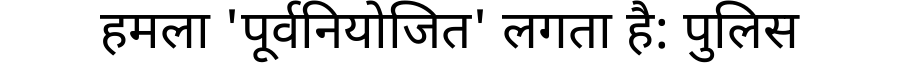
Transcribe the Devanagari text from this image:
हमला 'पूर्वनियोजित' लगता है: पुलिस